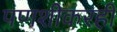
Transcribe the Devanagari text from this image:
पणशीकरही